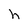
Character: h